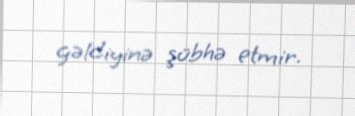
gəldiyinə şübhə etmir.